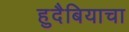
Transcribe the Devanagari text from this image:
हुदैबियाचा